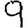
Digit: 9